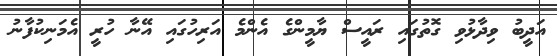
އަދީބު ވިދާޅުވި ގޮތުގައި ރައީސް ޔާމީންގެ އެންމެ އަރިހުގައި އޭނާ ހުރީ އެމަނިކުފާނު